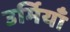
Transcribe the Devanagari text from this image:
उर्मियाँ